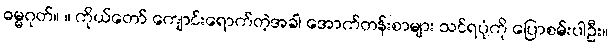
ဓမ္မဂုတ်။ ။ ကိုယ်တော် ကျောင်းရောက်တဲ့အခါ အောက်တန်းစာများ သင်ရပုံကို ပြောစမ်းပါဦး။